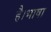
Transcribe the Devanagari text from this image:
है।भाषा